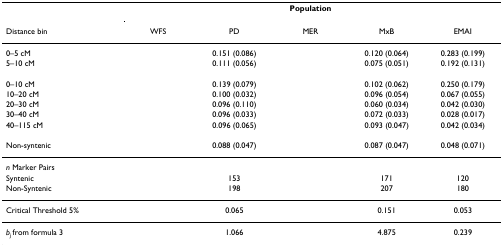
<table><thead><tr><td>[EMPTY_CELL]</td><td colspan="5"><b>Population</b></td></tr><tr><td><b>Distance bin</b></td><td><b>WFS</b></td><td><b>PD</b></td><td><b>MER</b></td><td><b>MxB</b></td><td><b>EMAI</b></td></tr></thead><tbody><tr><td>0–5 cM</td><td>[EMPTY_CELL]</td><td>0.151 (0.086)</td><td>[EMPTY_CELL]</td><td>0.120 (0.064)</td><td>0.283 (0.199)</td></tr><tr><td>5–10 cM</td><td>[EMPTY_CELL]</td><td>0.111 (0.056)</td><td>[EMPTY_CELL]</td><td>0.075 (0.051)</td><td>0.192 (0.131)</td></tr><tr><td>0–10 cM</td><td>[EMPTY_CELL]</td><td>0.139 (0.079)</td><td>[EMPTY_CELL]</td><td>0.102 (0.062)</td><td>0.250 (0.179)</td></tr><tr><td>10–20 cM</td><td>[EMPTY_CELL]</td><td>0.100 (0.032)</td><td>[EMPTY_CELL]</td><td>0.096 (0.054)</td><td>0.067 (0.055)</td></tr><tr><td>20–30 cM</td><td>[EMPTY_CELL]</td><td>0.096 (0.110)</td><td>[EMPTY_CELL]</td><td>0.060 (0.034)</td><td>0.042 (0.030)</td></tr><tr><td>30–40 cM</td><td>[EMPTY_CELL]</td><td>0.096 (0.033)</td><td>[EMPTY_CELL]</td><td>0.072 (0.033)</td><td>0.028 (0.017)</td></tr><tr><td>40–115 cM</td><td>[EMPTY_CELL]</td><td>0.096 (0.065)</td><td>[EMPTY_CELL]</td><td>0.093 (0.047)</td><td>0.042 (0.034)</td></tr><tr><td>Non-syntenic</td><td>[EMPTY_CELL]</td><td>0.088 (0.047)</td><td>[EMPTY_CELL]</td><td>0.087 (0.047)</td><td>0.048 (0.071)</td></tr><tr><td><i>n </i>Marker Pairs</td><td>[EMPTY_CELL]</td><td>[EMPTY_CELL]</td><td>[EMPTY_CELL]</td><td>[EMPTY_CELL]</td><td>[EMPTY_CELL]</td></tr><tr><td>Syntenic</td><td>[EMPTY_CELL]</td><td>153</td><td>[EMPTY_CELL]</td><td>171</td><td>120</td></tr><tr><td>Non-Syntenic</td><td>[EMPTY_CELL]</td><td>198</td><td>[EMPTY_CELL]</td><td>207</td><td>180</td></tr><tr><td>Critical Threshold 5%</td><td>[EMPTY_CELL]</td><td>0.065</td><td>[EMPTY_CELL]</td><td>0.151</td><td>0.053</td></tr><tr><td><i>b</i><sub><i>j </i></sub>from formula 3</td><td>[EMPTY_CELL]</td><td>1.066</td><td>[EMPTY_CELL]</td><td>4.875</td><td>0.239</td></tr></tbody></table>